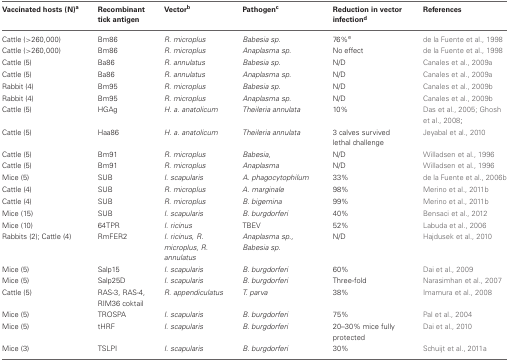
<table><thead><tr><td><b>Vaccinated hosts (N)<sup>a</sup></b></td><td><b>Recombinant tick antigen</b></td><td><b>Vector<sup>b</sup></b></td><td><b>Pathogen<sup>c</sup></b></td><td><b>Reduction in vector infection<sup>d</sup></b></td><td><b>References</b></td></tr></thead><tbody><tr><td>Cattle (&gt;260,000)</td><td>Bm86</td><td><i>R. microplus</i></td><td><i>Babesia sp.</i></td><td>76%<sup>e</sup></td><td>de la Fuente et al., 1998</td></tr><tr><td>Cattle (&gt;260,000)</td><td>Bm86</td><td><i>R. microplus</i></td><td><i>Anaplasma sp.</i></td><td>No effect</td><td>de la Fuente et al., 1998</td></tr><tr><td>Cattle (5)</td><td>Ba86</td><td><i>R. annulatus</i></td><td><i>Babesia sp.</i></td><td>N/D</td><td>Canales et al., 2009a</td></tr><tr><td>Cattle (5)</td><td>Ba86</td><td><i>R. annulatus</i></td><td><i>Anaplasma sp.</i></td><td>N/D</td><td>Canales et al., 2009a</td></tr><tr><td>Rabbit (4)</td><td>Bm95</td><td><i>R. microplus</i></td><td><i>Babesia sp.</i></td><td>N/D</td><td>Canales et al., 2009b</td></tr><tr><td>Rabbit (4)</td><td>Bm95</td><td><i>R. microplus</i></td><td><i>Anaplasma sp.</i></td><td>N/D</td><td>Canales et al., 2009b</td></tr><tr><td>Cattle (5)</td><td>HGAg</td><td><i>H. a. anatolicum</i></td><td><i>Theileria annulata</i></td><td>10%</td><td>Das et al., 2005; Ghosh et al., 2008;</td></tr><tr><td>Cattle (5)</td><td>Haa86</td><td><i>H. a. anatolicum</i></td><td><i>Theileria annulata</i></td><td>3 calves survived lethal challenge</td><td>Jeyabal et al., 2010</td></tr><tr><td>Cattle (5)</td><td>Bm91</td><td><i>R. microplus</i></td><td><i>Babesia,</i></td><td>N/D</td><td>Willadsen et al., 1996</td></tr><tr><td>Cattle (5)</td><td>Bm91</td><td><i>R. microplus</i></td><td><i>Anaplasma</i></td><td>N/D</td><td>Willadsen et al., 1996</td></tr><tr><td>Mice (5)</td><td>SUB</td><td><i>I. scapularis</i></td><td><i>A. phagocytophilum</i></td><td>33%</td><td>de la Fuente et al., 2006b</td></tr><tr><td>Cattle (4)</td><td>SUB</td><td><i>R. microplus</i></td><td><i>A. marginale</i></td><td>98%</td><td>Merino et al., 2011b</td></tr><tr><td>Cattle (4)</td><td>SUB</td><td><i>R. microplus</i></td><td><i>B. bigemina</i></td><td>99%</td><td>Merino et al., 2011b</td></tr><tr><td>Mice (15)</td><td>SUB</td><td><i>I. scapularis</i></td><td><i>B. burgdorferi</i></td><td>40%</td><td>Bensaci et al., 2012</td></tr><tr><td>Mice (10)</td><td>64TPR</td><td><i>I. ricinus</i></td><td>TBEV</td><td>52%</td><td>Labuda et al., 2006</td></tr><tr><td>Rabbits (2); Cattle (4)</td><td>RmFER2</td><td><i>I. ricinus, R. microplus, R. annulatus</i></td><td><i>Anaplasma sp., Babesia sp.</i></td><td>N/D</td><td>Hajdusek et al., 2010</td></tr><tr><td>Mice (5)</td><td>Salp15</td><td><i>I. scapularis</i></td><td><i>B. burgdorferi</i></td><td>60%</td><td>Dai et al., 2009</td></tr><tr><td>Mice (5)</td><td>Salp25D</td><td><i>I. scapularis</i></td><td><i>B. burgdorferi</i></td><td>Three-fold</td><td>Narasimhan et al., 2007</td></tr><tr><td>Cattle (5)</td><td>RAS-3, RAS-4, RIM36 coktail</td><td><i>R. appendiculatus</i></td><td><i>T. parva</i></td><td>38%</td><td>Imamura et al., 2008</td></tr><tr><td>Mice (5)</td><td>TROSPA</td><td><i>I. scapularis</i></td><td><i>B. burgdorferi</i></td><td>75%</td><td>Pal et al., 2004</td></tr><tr><td>Mice (5)</td><td>tHRF</td><td><i>I. scapularis</i></td><td><i>B. burgdorferi</i></td><td>20–30% mice fully protected</td><td>Dai et al., 2010</td></tr><tr><td>Mice (3)</td><td>TSLPI</td><td><i>I. scapularis</i></td><td><i>B. burgdorferi</i></td><td>30%</td><td>Schuijt et al., 2011a</td></tr></tbody></table>